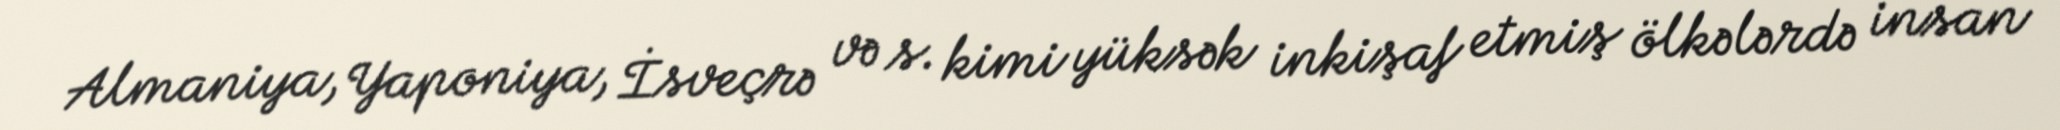
Almaniya, Yaponiya, İsveçrə və s. kimi yüksək inkişaf etmiş ölkələrdə insan